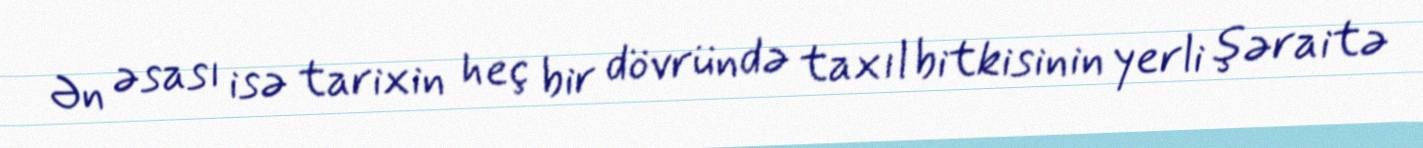
Ən əsası isə tarixin heç bir dövründə taxıl bitkisinin yerli şəraitə